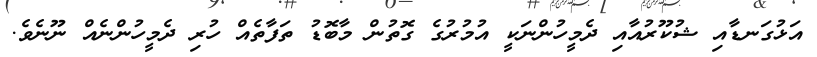
އަޅުގަނޑާއި ޝުކޫރުއާއި ދެމީހުންނަކީ އުމުރުގެ ގޮތުން މާބޮޑު ތަފާތެއް ހުރި ދެމީހުންނެއް ނޫނެވެ.